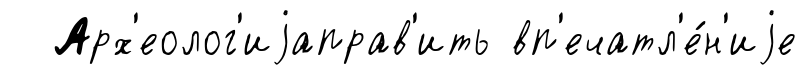
Арх'еолог'иjаправ'ить вп'ечатл'е́н'иjе